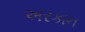
અરકાન